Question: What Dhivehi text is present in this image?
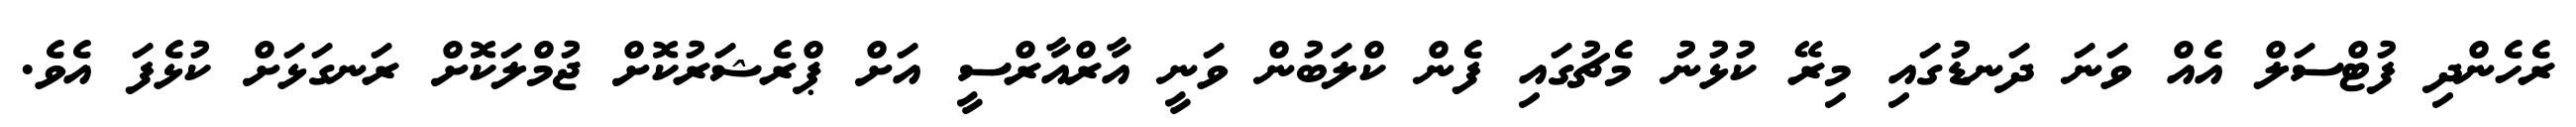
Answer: ރެހެންދި ފުޓްސަލް އެއް ވަނަ ދަނޑުގައި މިރޭ ކުޅުނު މެޗުގައި ފެން ކްލަބުން ވަނީ އާރްއާރްސީ އަށް ޕްރެޝަރުކޮށް ޖުމްލަކޮށް ރަނގަޅަށް ކުޅެފަ އެވެ.